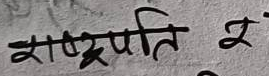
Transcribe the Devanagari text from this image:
राष्टपति